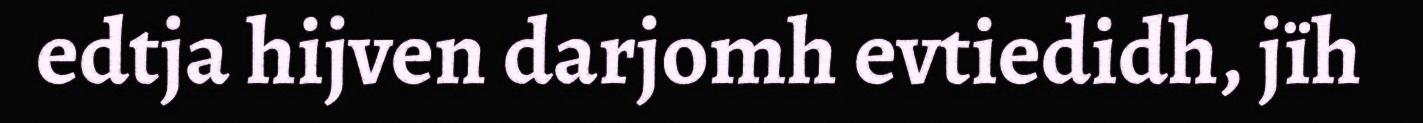
edtja hijven darjomh evtiedidh, jïh